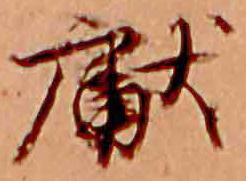
献